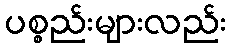
ပစ္စည်းများလည်း